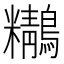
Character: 𪇒